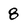
Character: 8